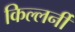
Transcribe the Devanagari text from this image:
किल्लर्नी